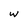
Character: w